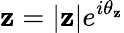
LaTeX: \mathbf{z}=|\mathbf{z}|e^{i\theta_{\mathbf{z}}}